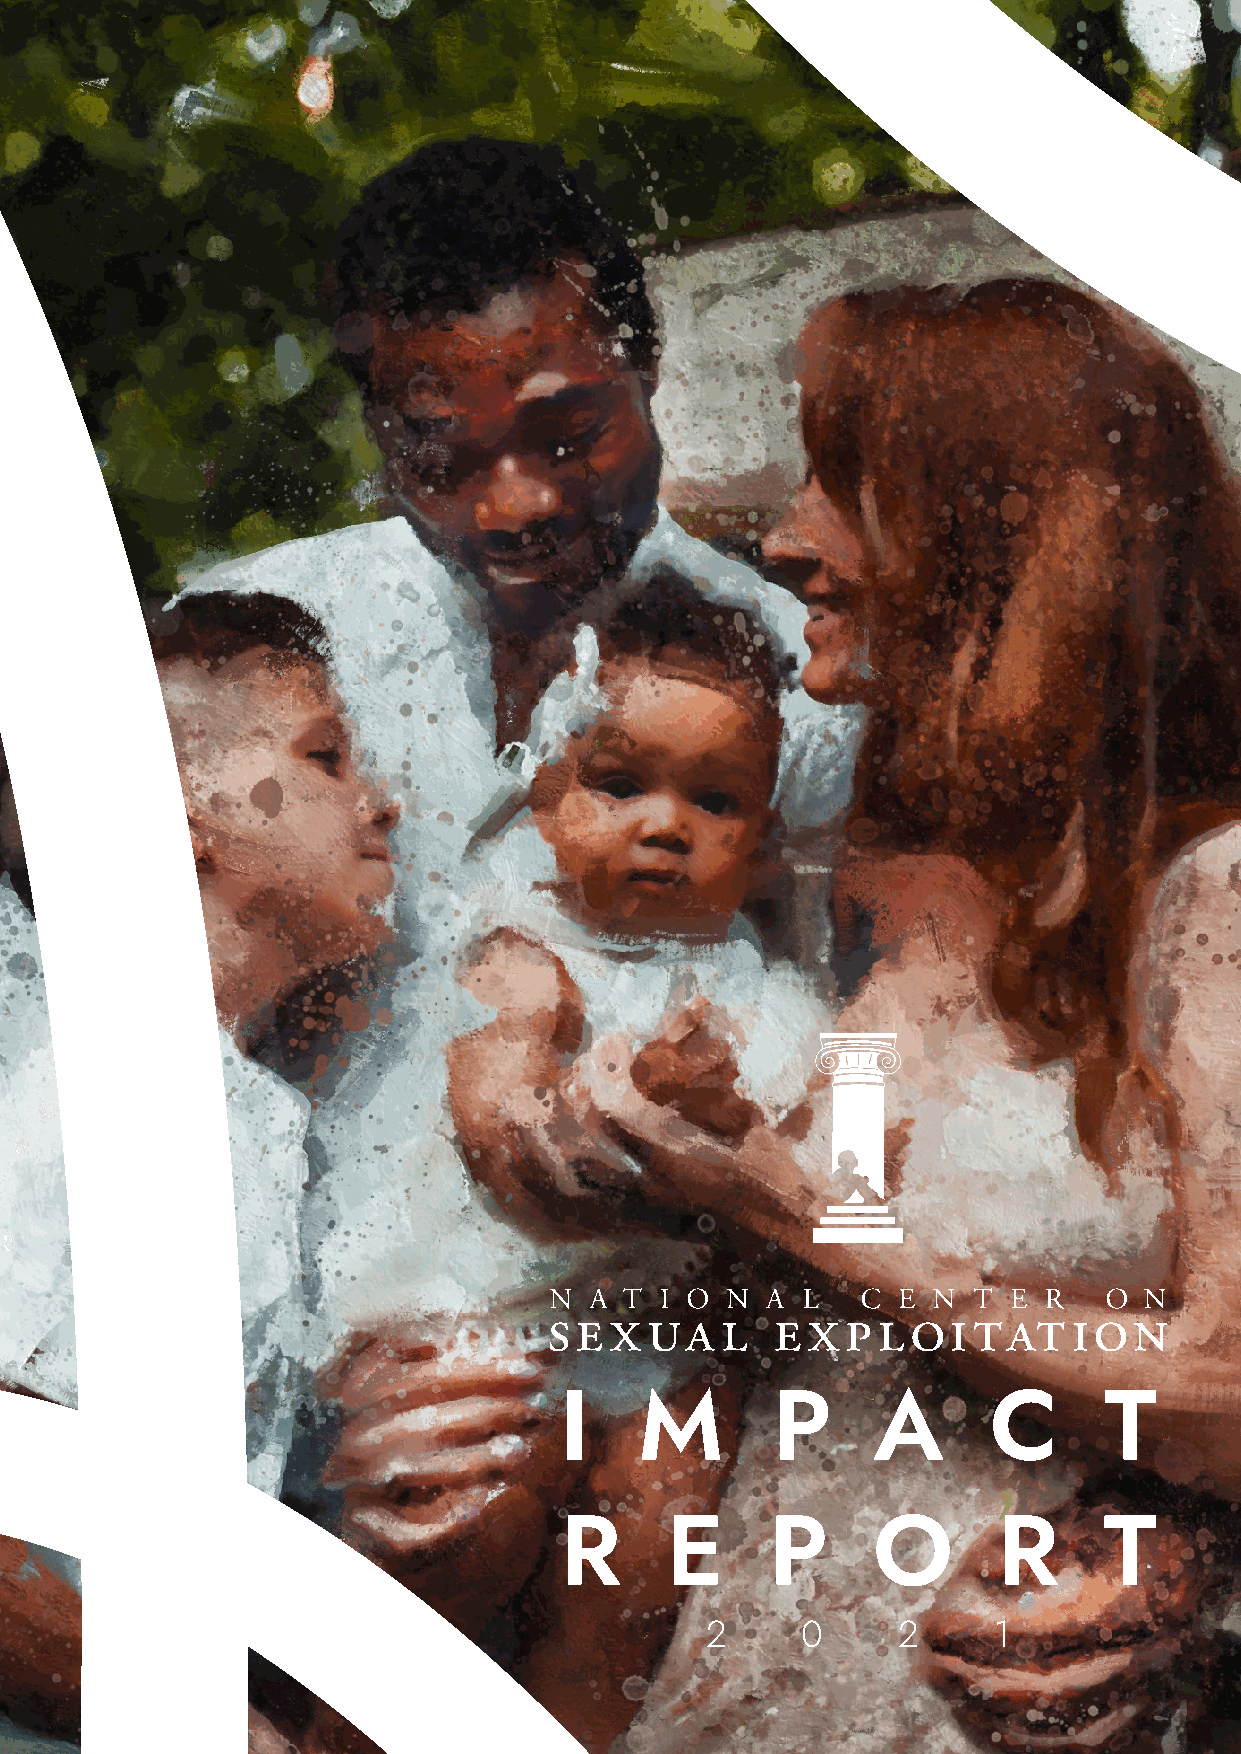
I    M        P      A      C       T
 R      E      P      O       R      T
 2     0     2      1
 1